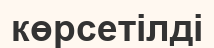
көрсетілді